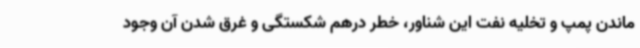
ماندن پمپ و تخلیه نفت این شناور، خطر درهم شکستگی و غرق شدن آن وجود